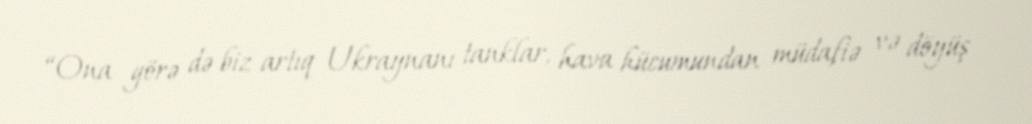
“Ona görə də biz artıq Ukraynanı tanklar, hava hücumundan müdafiə və döyüş